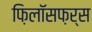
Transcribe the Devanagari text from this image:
फ़िलॉसफ़र्स